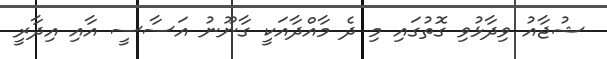
ޝުޖާއު ވިދާޅުވި ގޮތުގައި މި ދެ މާއްދާއަކީ ގާނޫނު އަސާސީ އާއި އިދާރީ